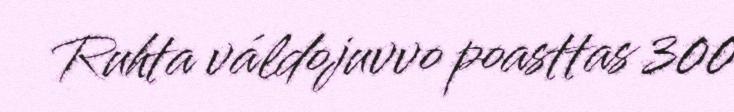
Ruhta váldojuvvo poasttas 300